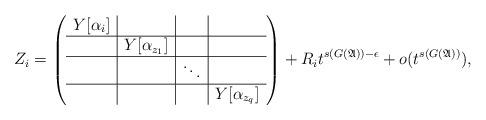
LaTeX: \begin{align*}Z_i&=\left(\begin{array}{c|c|c|c}Y[\alpha_i]& & &\\\hline & Y[\alpha_{z_1}] & & \\\hline & &\ddots & \\\hline & & & Y[\alpha_{z_q}]\end{array}\right)+R_it^{s(G(\mathfrak{A}))-\epsilon}+o(t^{s(G(\mathfrak{A}))}),\end{align*}